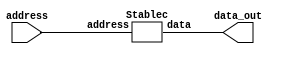
/*

  read -format verilog {Stable.v}
  current_design Stable
  uniquify
  ungroup -flatten -all
  create_clock -name "clk" -period 50.0 {"clk"}
  compile -map_effort high
  report_area
  report_timing

*/

/* wolkerstorfer sbox */

module comp_sbox (address, data_out /*clk, reset*/);

	input  [7:0] address;

	output [7:0] data_out;	
    wire   [7:0] data;

    Stablec S(address, data_out);

endmodule

module comp_inv_sbox (address, data_out /*clk, reset*/);

	input  [7:0] address;
	output [7:0] data_out;	
    wire   [7:0] data;

    Stablec_inv S(address, data_out);

endmodule

module map(a, ah, al);
  input   [7:0] a;
  output  [3:0] ah, al;

  wire aA,  aB,  aC;
  wire ah3, ah2, ah1, ah0;
  wire al3, al2, al1, al0;

  assign aA  = a[1] ^ a[7];
  assign aB  = a[5] ^ a[7];
  assign aC  = a[4] ^ a[6];

  assign al3 = a[2] ^ a[4];
  assign al2 = aA;
  assign al1 = a[1] ^ a[2];
  assign al0 = aC ^ a[0] ^ a[5];
  assign al  = (al3 << 3) | (al2 << 2) | (al1 << 1) | al0;

  assign ah3 = aB;
  assign ah2 = aB ^ a[2] ^ a[3];
  assign ah1 = aA ^ aC;
  assign ah0 = aC ^ a[5];
  assign ah  = (ah3 << 3) | (ah2 << 2) | (ah1 << 1) | ah0;          

endmodule

module invmap(ah, al, a);
  input  [3:0] ah, al;
  output [7:0] a;

  wire aA, aB;
  wire a3, a2, a1, a0;
  wire a4, a5, a6, a7;

  assign   aA = al[1] ^ ah[3];
  assign   aB = ah[0] ^ ah[1];
  assign   a0 = al[0] ^ ah[0];
  assign   a1 = aB    ^ ah[3];
  assign   a2 = aA    ^ aB;
  assign   a3 = aB    ^ al[1] ^ ah[2];
  assign   a4 = aA    ^ aB ^ al[3];
  assign   a5 = aB    ^ al[2];
  assign   a6 = aA    ^ al[2] ^ al[3] ^ ah[0];
  assign   a7 = aB    ^ al[2] ^ ah[3];

  assign   a  = (a7 << 7) | (a6 << 6) | (a5 << 5) | (a4 << 4) |
         (a3 << 3) | (a2 << 2) | (a1 << 1) | a0;
endmodule

module sqr(a, c);
  input  [3:0] a;
  output [3:0] c;

  wire c0, c1, c2, c3;

  assign c0 = a[0] ^ a[2];
  assign c1 = a[2];
  assign c2 = a[1] ^ a[3];
  assign c3 = a[3];

  assign c = (c3 << 3) | (c2 << 2) | (c1 << 1) | c0;

endmodule

module invg4(a, c);
  input  [3:0] a;
  output [3:0] c;

  wire c0, c1, c2, c3, aA;

  assign aA = a[1] ^ a[2] ^ a[3] ^ (a[1] & a[2] & a[3]);
  assign c0 = aA ^ a[0] ^ (a[0] & a[2]) ^ (a[1] & a[2]) ^ (a[0] & a[1] & a[2]);
  assign c1 = (a[0] & a[1]) ^ (a[0] & a[2]) ^ (a[1] & a[2]) ^ a[3] ^
          (a[1] & a[3]) ^ (a[0] & a[1] & a[3]);
  assign c2 = (a[0] & a[1]) ^ a[2] ^ (a[0] & a[2]) ^ a[3] ^
          (a[0] & a[3]) ^ (a[0] & a[2] & a[3]);
  assign c3 = aA ^ (a[0] & a[3]) ^ (a[1] & a[3]) ^ (a[2] & a[3]);

  assign c = (c3 << 3) | (c2 << 2) | (c1 << 1) | c0;

endmodule

module add4(a, b, c);
  input [3:0] a,b;
  output [3:0] c;

  assign c = a ^ b;
endmodule

module mul4(a, b, q);
  input  [3:0] a, b;
  output [3:0] q;
  wire   aA,  aB, q0, q1, q2, q3;
  wire   acc0, acc1, acc2, acc3;

  assign  aA = a[0] ^ a[3];
  assign  aB = a[2] ^ a[3];
  assign  q0 = (a[0] & b[0]) ^ (a[3] & b[1]) ^ (a[2] & b[2]) ^  (a[1] & b[3]);
  assign  q1 = (a[1] & b[0]) ^ (aA   & b[1]) ^ (aB   & b[2]) ^ ((a[1] ^ a[2]) & b[3]);
  assign  q2 = (a[2] & b[0]) ^ (a[1] & b[1]) ^ (aA   & b[2]) ^  (aB & b[3]);
  assign  q3 = (a[3] & b[0]) ^ (a[2] & b[1]) ^ (a[1] & b[2]) ^  (aA & b[3]);
  assign  q = (q3 << 3) | (q2 << 2) | (q1 << 1) | q0;
endmodule
  
module mul4e(a, c);
  input  [3:0] a;
  output [3:0] c;
  wire c0, c1, c2, c3, aA, aB;
  wire acc0, acc1, acc2, acc3;
  wire b;

  assign  aA = a[0] ^ a[1];
  assign  aB = a[2] ^ a[3];
  assign  c0 = a[1] ^ aB;
  assign  c1 = aA;
  assign  c2 = aA ^ a[2];
  assign  c3 = aA ^ aB;

  assign  c = (c3 << 3) | (c2 << 2) | (c1 << 1) | c0;

endmodule

module afine(a,q);
  input  [7:0] a;
  output [7:0] q;
  wire q0, q1, q2, q3, q4, q5, q6, q7;
  wire aA, aB, aC, aD;

  assign aA = a[0] ^ a[1];
  assign aB = a[2] ^ a[3];
  assign aC = a[4] ^ a[5];
  assign aD = a[6] ^ a[7];
  assign q0 = ~a[0] ^ aC ^ aD;
  assign q1 = ~a[5] ^ aA ^ aD;
  assign q2 =  a[2] ^ aA ^ aD;
  assign q3 =  a[7] ^ aA ^ aB;
  assign q4 =  a[4] ^ aA ^ aB;
  assign q5 = ~a[1] ^ aB ^ aC;
  assign q6 = ~a[6] ^ aB ^ aC;
  assign q7 =  a[3] ^ aC ^ aD;

  assign   q  = (q7 << 7) | (q6 << 6) | (q5 << 5) | (q4 << 4) |
                (q3 << 3) | (q2 << 2) | (q1 << 1) | q0;

endmodule

module inv_afine(a,q);
  input  [7:0] a;
  output [7:0] q;
  wire q0, q1, q2, q3, q4, q5, q6, q7;
  wire aA, aB, aC, aD;

  assign aA =  a[0] ^ a[5];
  assign aB =  a[1] ^ a[4];
  assign aC =  a[2] ^ a[7];
  assign aD =  a[3] ^ a[6];
  assign q0 = ~a[5] ^ aC;
  assign q1 =  a[0] ^ aD;
  assign q2 = ~a[7] ^ aB;
  assign q3 =  a[2] ^ aA;
  assign q4 =  a[1] ^ aD;
  assign q5 =  a[4] ^ aC;
  assign q6 =  a[3] ^ aA;
  assign q7 =  a[6] ^ aB;

  assign   q  = {q7, q6, q5, q4, q3, q2, q1, q0};

endmodule

module Stablec (address, data);
        input [7:0] address;
        output [7:0] data;      

   wire [3:0] in_h, in_l, in_h_sqr, in_l_sqr;
   wire [3:0] mul4_1o, add4_1o, mul4e_o, add4_2o, add4_3o;
   wire [3:0] d, mul4_2o, mul4_3o;
   wire [7:0] invmap_out;

   map    m1(address,    in_h, in_l          );
   sqr    m2(in_h,       in_h_sqr            );
   sqr    m3(in_l,       in_l_sqr            );
   mul4   m4(in_h,       in_l,     mul4_1o   );    
   add4   m5(in_h,       in_l,     add4_1o   );    
   mul4e  m6(in_h_sqr,   mul4e_o             );
   add4   m7(in_l_sqr,   mul4e_o,  add4_2o   );
   add4   m8(add4_2o,    mul4_1o,  add4_3o   );
   invg4  m9(add4_3o,    d                   );
   mul4   ma(in_h,       d,        mul4_2o   );
   mul4   mb(d,          add4_1o,  mul4_3o   );
   invmap mc(mul4_2o,    mul4_3o,  invmap_out);
   afine  md(invmap_out, data                );

endmodule

// To compute inverse SBox
module Stablec_inv (address, data);
        input [7:0] address;
        output [7:0] data;      

   wire [3:0] in_h, in_l, in_h_sqr, in_l_sqr;
   wire [3:0] mul4_1o, add4_1o, mul4e_o, add4_2o, add4_3o;
   wire [3:0] d, mul4_2o, mul4_3o;
   wire [7:0] invafine_out;

   inv_afine md(address, invafine_out        );
   map    m1(invafine_out,in_h, in_l         );
   sqr    m2(in_h,       in_h_sqr            );
   sqr    m3(in_l,       in_l_sqr            );
   mul4   m4(in_h,       in_l,     mul4_1o   );    
   add4   m5(in_h,       in_l,     add4_1o   );    
   mul4e  m6(in_h_sqr,   mul4e_o             );
   add4   m7(in_l_sqr,   mul4e_o,  add4_2o   );
   add4   m8(add4_2o,    mul4_1o,  add4_3o   );
   invg4  m9(add4_3o,    d                   );
   mul4   ma(in_h,       d,        mul4_2o   );
   mul4   mb(d,          add4_1o,  mul4_3o   );
   invmap mc(mul4_2o,    mul4_3o,  data      );

endmodule